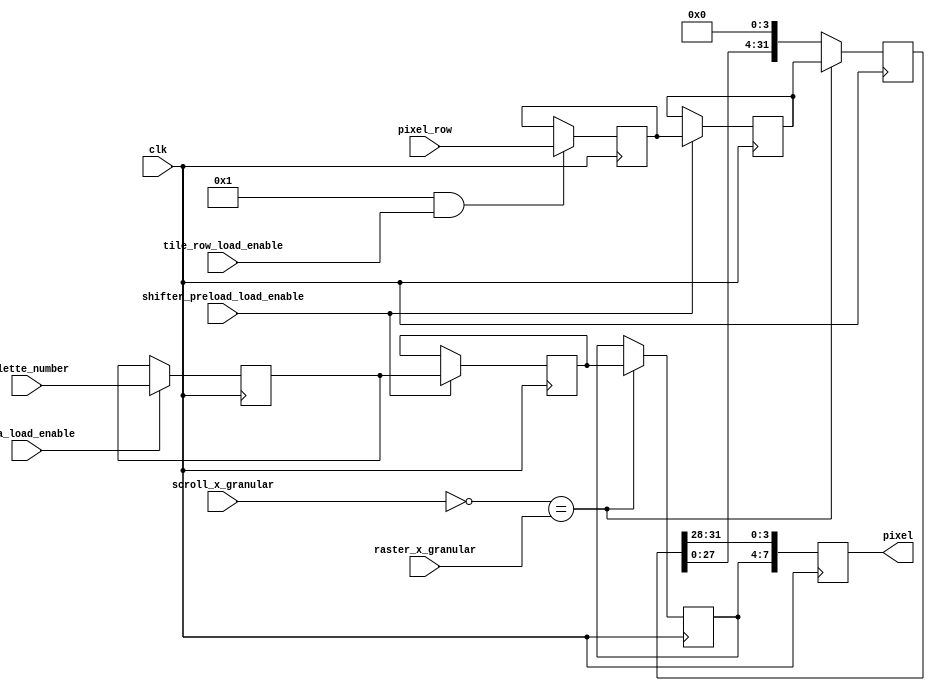
// vdp_scroll_pixel_generator.v
//
// Copyright (C) 2020 Dan Rodrigues <danrr.gh.oss@gmail.com>
//
// SPDX-License-Identifier: MIT

`default_nettype none

module vdp_scroll_pixel_generator #(
    parameter STAGE_PIXEL_ROW = 1
) (
    input clk,
    input [2:0] scroll_x_granular,
    input [2:0] raster_x_granular,
    input [31:0] pixel_row,
    input [3:0] palette_number,

    input tile_row_load_enable,
    input meta_load_enable,
    input shifter_preload_load_enable,

    output reg [7:0] pixel
);

    reg [31:0] pixel_row_preloaded;
    reg [31:0] output_pixel_row_t;
    reg [31:0] output_pixel_row;
    
    reg [3:0] output_palette_number;
    reg [3:0] palette_number_preloaded;
    reg [3:0] output_palette_number_t;

    wire [7:0] pixel_nx = {output_palette_number, output_pixel_row[31:28]};

    always @(posedge clk) begin
        pixel <= pixel_nx;
    end

    always @(posedge clk) begin
        if (STAGE_PIXEL_ROW && tile_row_load_enable) begin
            pixel_row_preloaded <= pixel_row;
        end

        if (meta_load_enable) begin
            palette_number_preloaded <= palette_number;
        end
    end

    always @(posedge clk) begin
        if (shifter_preload_load_enable) begin
            output_pixel_row_t <= STAGE_PIXEL_ROW ? pixel_row_preloaded : pixel_row;
            output_palette_number_t <= palette_number_preloaded;
        end
    end

    always @(posedge clk) begin
        if (~(scroll_x_granular) == raster_x_granular) begin
            output_pixel_row <= output_pixel_row_t;
            output_palette_number <= output_palette_number_t;
        end else begin
            output_pixel_row <= {output_pixel_row[27:0], 4'b0000};
        end
    end

endmodule